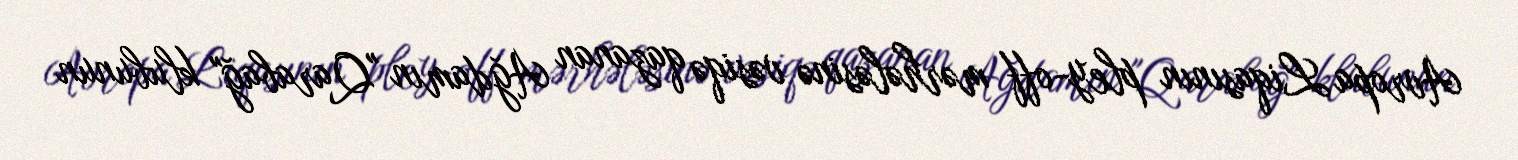
Avropa Liqasının pley-off mərhələsinə vəsiqə qazanan Ağdamın "Qarabağ" klubunun